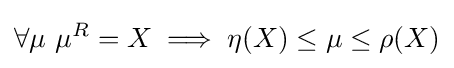
\forall \mu \ \mu ^{R}=X\implies \eta (X)\leq \mu \leq \rho (X)